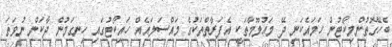
ބެހޭގޮތުންމިކޯޓުން ހަމައެކަނި ދޭ މަޢުލޫމާތަކީ އެފަރާތްތަކުގެ މައްސަލައެއް ހައިކޯޓުގައި ހިނގަމުން ދާކަން ނުވަތަ